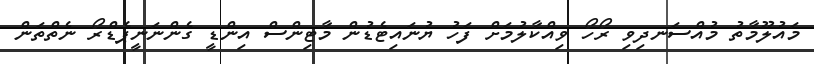
މައުލޫމާތު މުއްސަނދިވި ރޯހޯ ވިއްކާލުމަށް ފަހު ޔުނައިޓެޑުން މާޓިންސް އިންޑީ ގެންނަނީޕެޑްރޯ ނެތްތަން